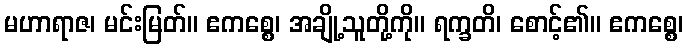
မဟာရာဇ၊ မင်းမြတ်။ ဧကစ္စေ၊ အချို့သူတို့ကို။ ရက္ခတိ၊ စောင့်၏။ ဧကစ္စေ၊